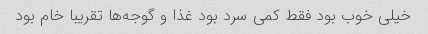
خیلی خوب بود فقط کمی سرد بود غذا و گوجه‌ها تقریبا خام بود